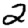
Digit: 2